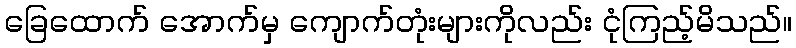
ခြေထောက် အောက်မှ ကျောက်တုံးများကိုလည်း ငုံကြည့်မိသည်။